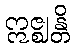
ဣဇ္ဈန္တိ